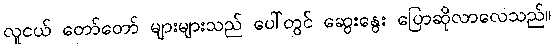
လူငယ် တော်တော် များများသည် ပေါ်တွင် ဆွေးနွေး ပြောဆိုလာလေသည်။